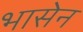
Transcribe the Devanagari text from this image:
भासेन